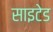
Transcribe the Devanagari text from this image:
साइटेड